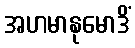
အဟမာနုမောဒိံ